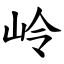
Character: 岭